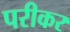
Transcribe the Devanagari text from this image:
परीकर